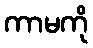
ကာမကို